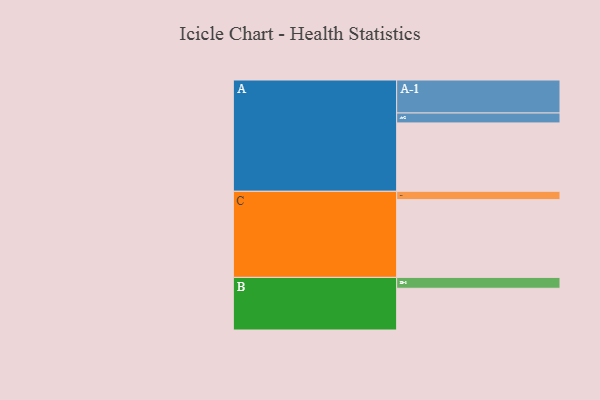
{"axis": {"x": "Segment", "y": "Value"}, "legend": ["", "A", "B", "C"], "data": [{"x": "A", "y": 516, "type": ""}, {"x": "B", "y": 315, "type": ""}, {"x": "C", "y": 587, "type": ""}, {"x": "A-1", "y": 249, "type": "A"}, {"x": "A-2", "y": 75, "type": "A"}, {"x": "B-1", "y": 82, "type": "B"}, {"x": "C-1", "y": 63, "type": "C"}]}